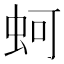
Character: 蚵